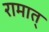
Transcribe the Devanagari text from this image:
रामात्